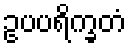
ဥပပရိက္ခတံ